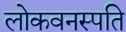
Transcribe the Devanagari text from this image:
लोकवनस्पति